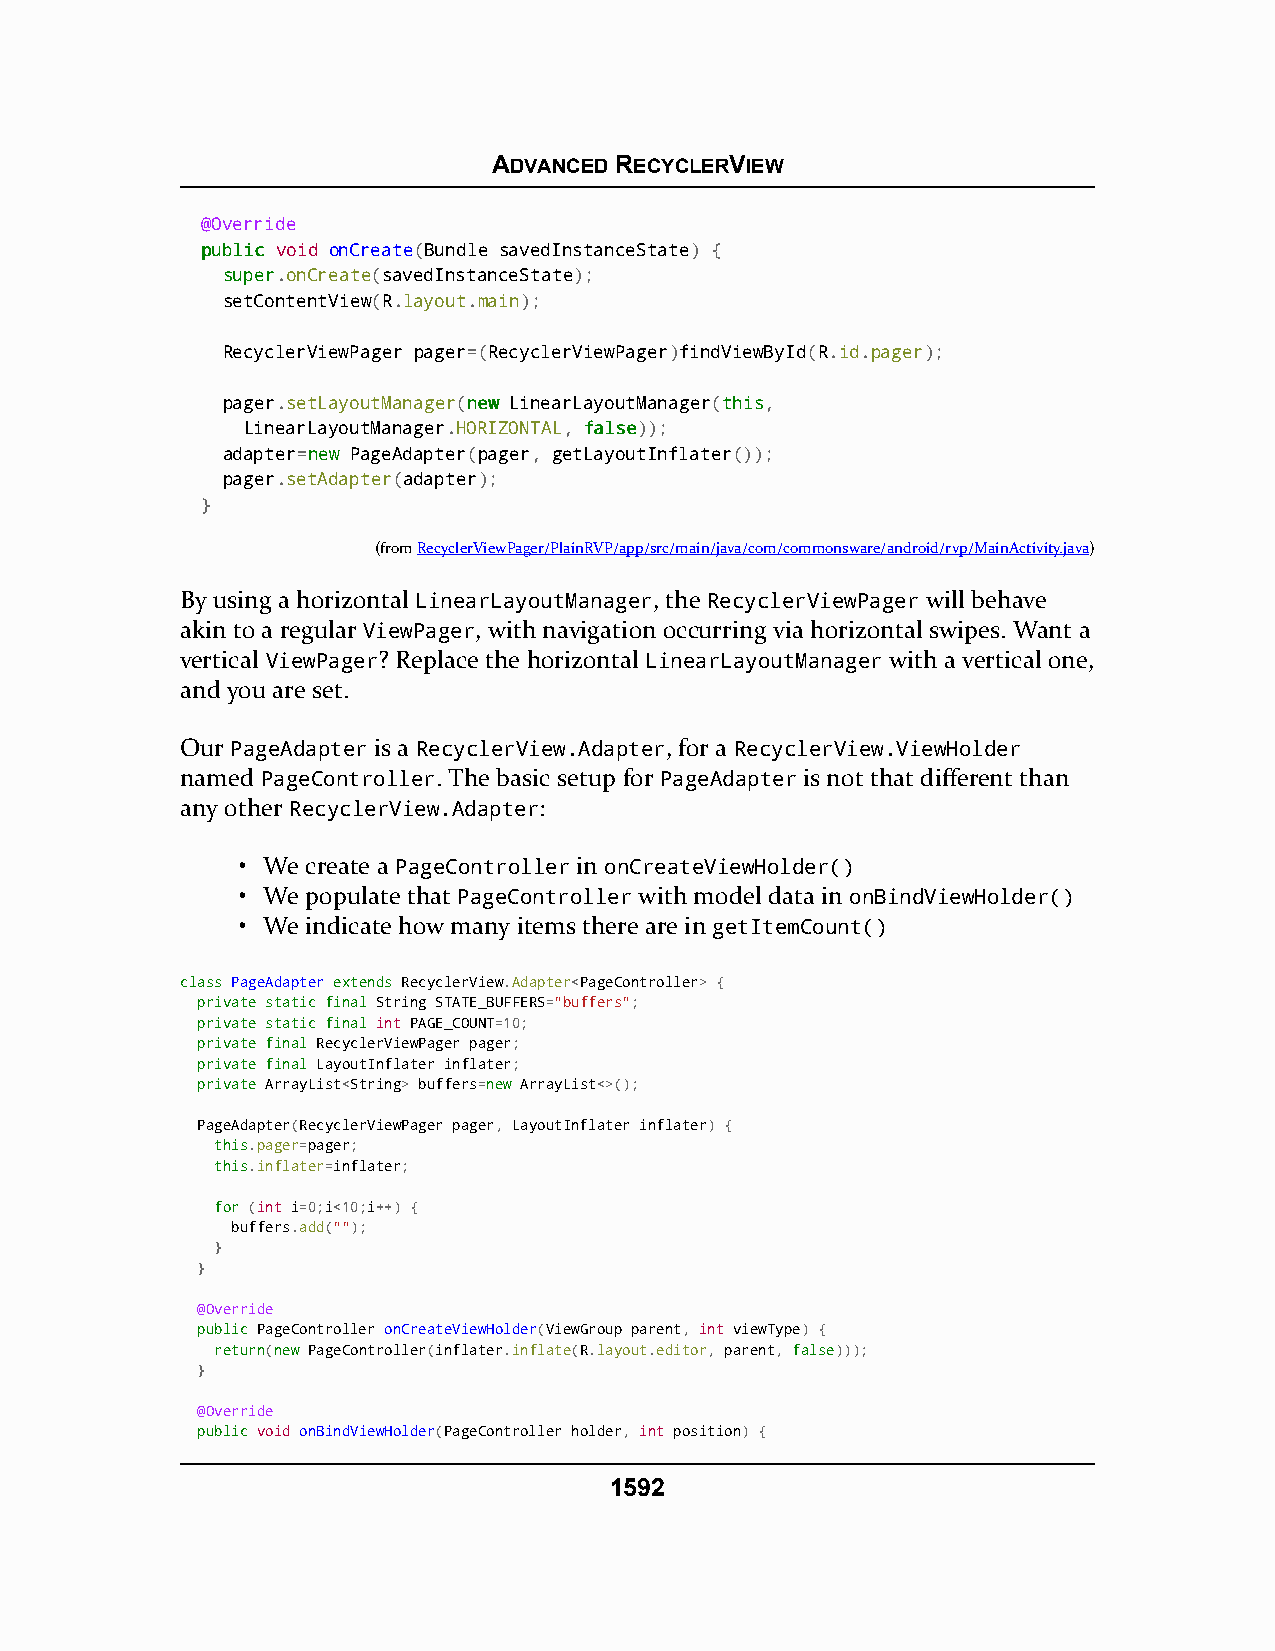
ADVANCED RECYCLERVIEW
 @Override
 ppuubblliicc void onCreate(Bundle savedInstanceState) {
 ssuuppeerr.onCreate(savedInstanceState);
 setContentView(R.layout.main);
 RecyclerViewPager pager=(RecyclerViewPager)findViewById(R.id.pager);
 pager.setLayoutManager(nneeww LinearLayoutManager(tthhiiss,
 LinearLayoutManager.HORIZONTAL, ffaallssee));
 adapter=nneeww PageAdapter(pager, getLayoutInflater());
 pager.setAdapter(adapter);
 }
 (fromRecyclerViewPager/PlainRVP/app/src/main/java/com/commonsware/android/rvp/MainActivity.java)
 By using a horizontal LinearLayoutManager, the RecyclerViewPager will behave
 akin to a regular ViewPager, with navigation occurring via horizontal swipes. Want a
 vertical ViewPager? Replace the horizontal LinearLayoutManager with a vertical one,
 and you are set.
 Our PageAdapter is a RecyclerView.Adapter, for a RecyclerView.ViewHolder
 named PageController. The basic setup for PageAdapter is not that different than
 any other RecyclerView.Adapter:
 • We create a PageController in onCreateViewHolder()
 • We populate that PageController with model data in onBindViewHolder()
 • We indicate how many items there are in getItemCount()
 ccllaassss PPaaggeeAAddaapptteerr eexxtteennddss RecyclerView.Adapter<PageController> {
 pprriivvaattee ssttaattiicc ffiinnaall String STATE_BUFFERS="buffers";
 pprriivvaattee ssttaattiicc ffiinnaall int PAGE_COUNT=10;
 pprriivvaattee ffiinnaall RecyclerViewPager pager;
 pprriivvaattee ffiinnaall LayoutInflater inflater;
 pprriivvaattee ArrayList<String> buffers=nneeww ArrayList<>();
 PageAdapter(RecyclerViewPager pager, LayoutInflater inflater) {
 tthhiiss.pager=pager;
 tthhiiss.inflater=inflater;
 ffoorr (int i=0;i<10;i++) {
 buffers.add("");
 }
 }
 @Override
 ppuubblliicc PageController onCreateViewHolder(ViewGroup parent, int viewType) {
 rreettuurrnn(nneeww PageController(inflater.inflate(R.layout.editor, parent, ffaallssee)));
 }
 @Override
 ppuubblliicc void onBindViewHolder(PageController holder, int position) {
 1592